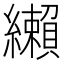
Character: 𦇛